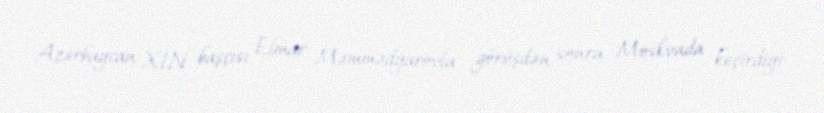
Azərbaycan XİN başçısı Elmar Məmmədyarovla görüşdən sonra Moskvada keçirdiyi